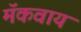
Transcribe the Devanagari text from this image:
मॅकवाय